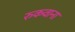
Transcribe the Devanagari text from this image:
रुकवाना